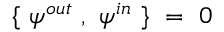
\{ ~ \psi ^ { o u t } ~ , ~ \psi ^ { i n } ~ \} ~ = ~ 0 ~